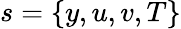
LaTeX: s=\{ y,u,v,T\}